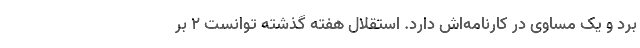
برد و یک مساوی در کارنامه‌اش دارد. استقلال هفته گذشته توانست 2 بر